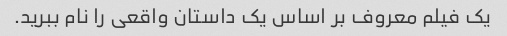
یک فیلم معروف بر اساس یک داستان واقعی را نام ببرید.